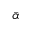
\Bar { \alpha }